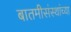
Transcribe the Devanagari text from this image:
बातमीसंस्थांच्या